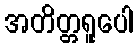
အတိတ္တရူပေါ